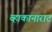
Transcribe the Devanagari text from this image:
व्हाकानाराट